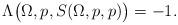
LaTeX: \begin{align*} \Lambda\big(\Omega,p,S(\Omega,p,p)\big)=-1.\end{align*}